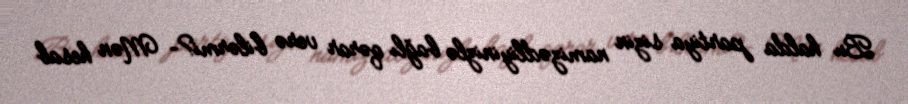
Bu halda partiya sizin namizədliyinizlə bağlı qərar verə bilərmi?- Mən hesab